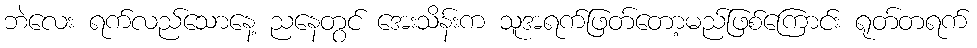
ဘဲလေး ရက်လည်သောနေ့ ညနေတွင် အေးသိန်းက သူအရက်ဖြတ်တော့မည်ဖြစ်ကြောင်း ရုတ်တရက်